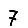
Digit: 7